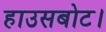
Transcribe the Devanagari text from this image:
हाउसबोट।